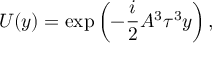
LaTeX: U ( y ) = \exp \left( - \frac { i } { 2 } A ^ { 3 } \tau ^ { 3 } y \right) ,